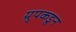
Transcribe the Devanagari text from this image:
ग्रुपकडून